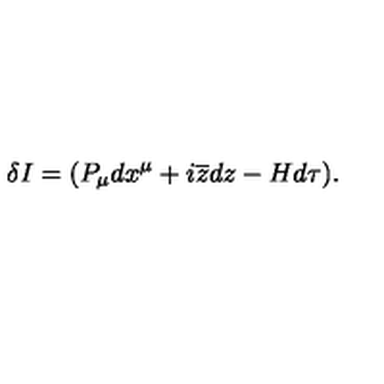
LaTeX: \delta I = ( P _ { \mu } d x ^ { \mu } + i \overline { { z } } d z - H d \tau ) .